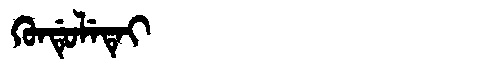
Manchu: ᡴᡠᠨᡩᡠᠯᡝᡨᡝᡳ
Romanization: KUNDULETEI